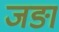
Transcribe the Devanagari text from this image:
जङा